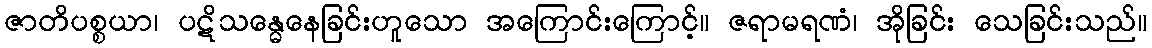
ဇာတိပစ္စယာ၊ ပဋိသန္ဓေနေခြင်းဟူသော အကြောင်းကြောင့်။ ဇရာမရဏံ၊ အိုခြင်း သေခြင်းသည်။